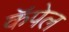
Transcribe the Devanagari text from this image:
कॅपेल